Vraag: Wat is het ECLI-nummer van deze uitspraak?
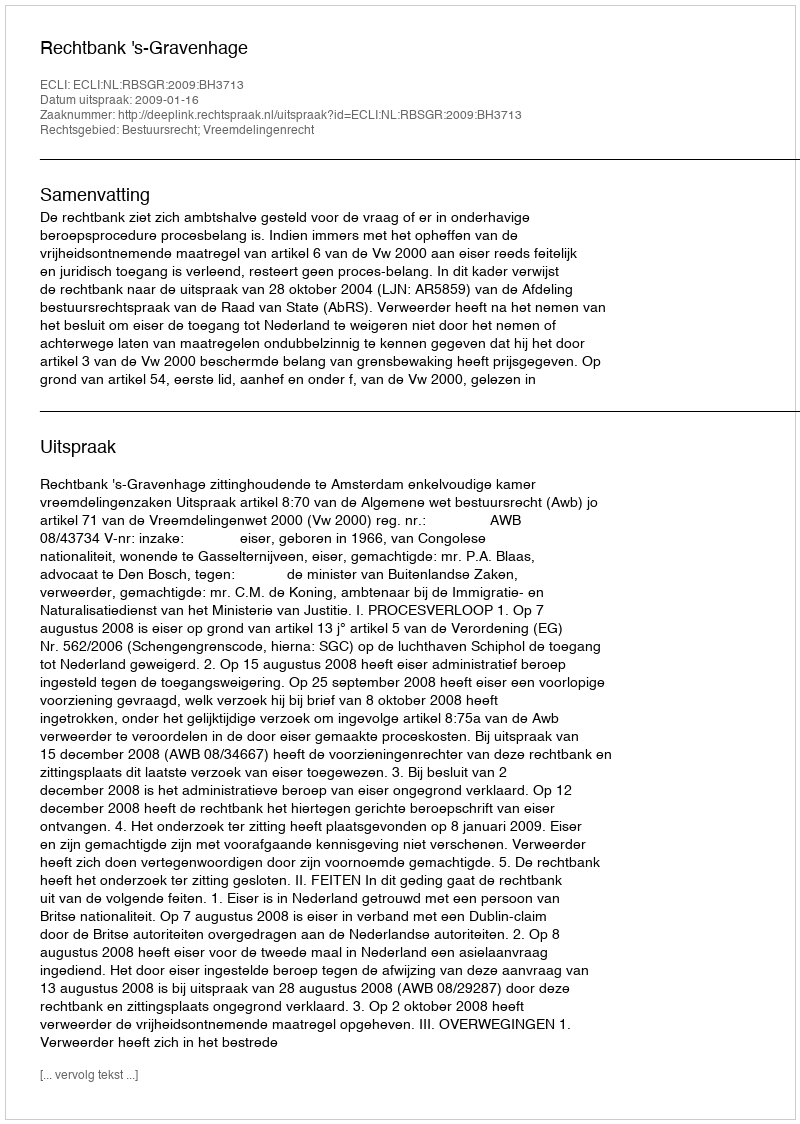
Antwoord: ECLI:NL:RBSGR:2009:BH3713